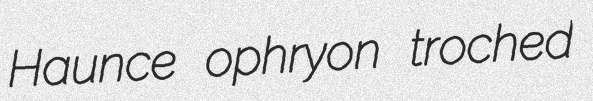
Haunce ophryon troched